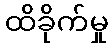
ထိခိုက်မှု